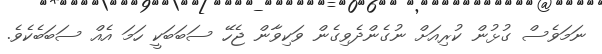
ނަމަވެސް ގުޅުން ކުރިއަށް ނުގެންދެވިގެން ވަކިވާން ޖެހޭ ސަބަބަކީ ހަމަ އެއް ސަބަބެކެވެ.